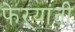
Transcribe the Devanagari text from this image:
फेऱ्यांनी